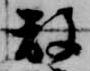
放